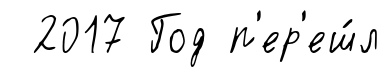
2017 Год п'ер'еш́л